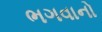
ભગવાનો